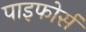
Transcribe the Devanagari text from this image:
पाइफोर्स